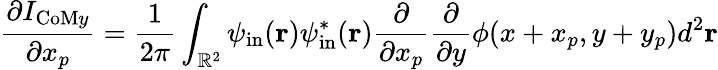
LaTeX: \frac{\partial I_{\mathrm{CoM}y}}{\partial x_{p}}=\frac{1}{2\pi}\int_{\mathbb{R}^{2}}\psi_{\mathrm{in}}(\mathbf{r})\psi_{\mathrm{in}}^{*}(\mathbf{r})\frac{\partial}{\partial x_{p}}\frac{\partial}{\partial y}\phi(x+x_{p},y+y_{p})d^{2}\mathbf{r}